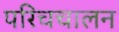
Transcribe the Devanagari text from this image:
परिचचालन